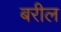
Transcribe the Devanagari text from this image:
बरील